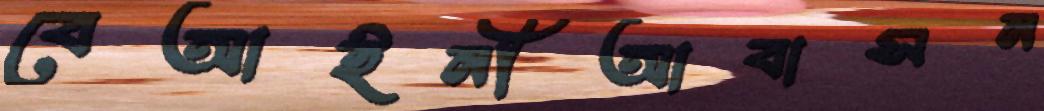
বেআইনীআবাসন